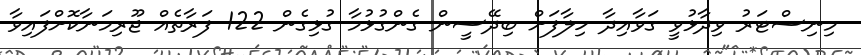
މިނިސްޓަރު ވިދާޅުވީ ގަވާއިދާ ހިލާފަށް ބިދޭސީން ގެންގުޅުމާ ގުޅިގެން 122 ފަރާތެއް ޖޫރިމަނާކޮށްފައިވާ